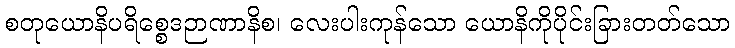
စတုယောနိပရိစ္စေဒဉာဏာနိစ၊ လေးပါးကုန်သော ယောနိကိုပိုင်းခြားတတ်သော